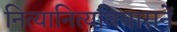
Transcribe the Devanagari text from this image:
नित्यानित्यविचारानें